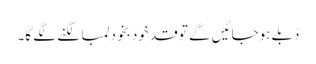
دُبلے ہوجائیں گے تو قد خود بخود لمبا لگنے لگے گا۔